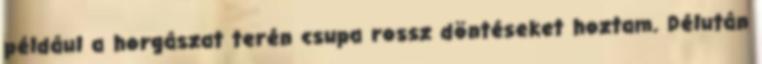
például a horgászat terén csupa rossz döntéseket hoztam. Délután